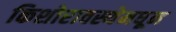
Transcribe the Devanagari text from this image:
किशोरावस्थेमधून